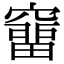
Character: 𥨌